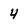
Character: 4